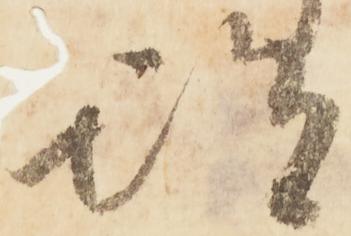
期